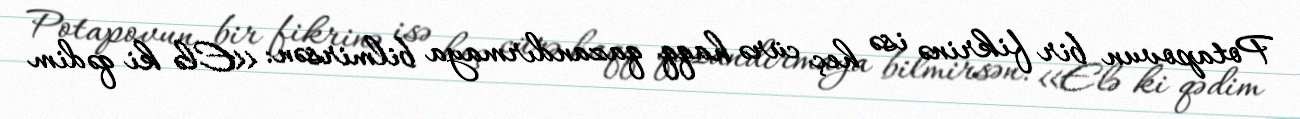
Potapovun bir fikrinə isə heç cürə haqq qazandırmaya bilmirsən: «Elə ki qədim